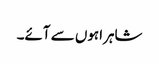
شاہراہوں سے آئے۔